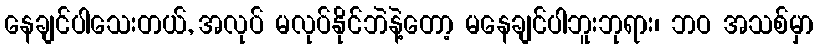
နေချင်ပါသေးတယ်, အလုပ် မလုပ်နိုင်ဘဲနဲ့တော့ မနေချင်ပါဘူးဘုရား၊ ဘဝ အသစ်မှာ